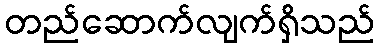
တည်ဆောက်လျက်ရှိသည်